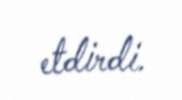
etdirdi.